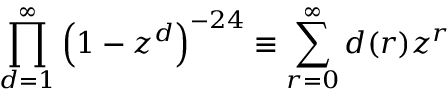
\prod _ { d = 1 } ^ { \infty } \left( 1 - z ^ { d } \right) ^ { - 2 4 } \equiv \sum _ { r = 0 } ^ { \infty } d ( r ) z ^ { r }